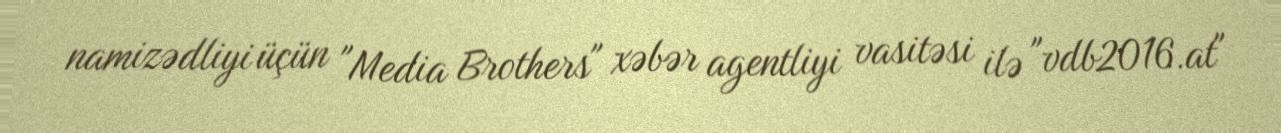
namizədliyi üçün "Media Brothers" xəbər agentliyi vasitəsi ilə "vdb2016.at"